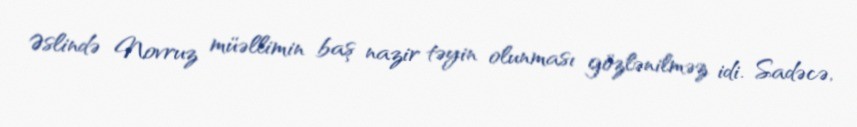
Əslində Novruz müəllimin baş nazir təyin olunması gözlənilməz idi. Sadəcə,